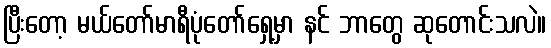
ပြီးတော့ မယ်တော်မာရီပုံတော်ရှေ့မှာ နင် ဘာတွေ ဆုတောင်းသလဲ။